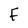
Character: F